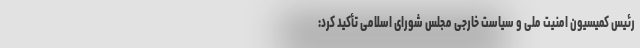
رئیس کمیسیون امنیت ملی و سیاست خارجی مجلس شورای اسلامی تأکید کرد: